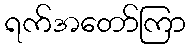
ရက်အတော်ကြာ